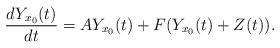
LaTeX: \begin{align*}\frac{dY_{x_0}(t)}{dt}=AY_{x_0}(t)+F(Y_{x_0}(t)+Z(t)).\end{align*}